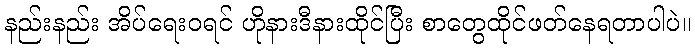
နည်းနည်း အိပ်ရေးဝရင် ဟိုနားဒီနားထိုင်ပြီး စာတွေထိုင်ဖတ်နေရတာပါပဲ။